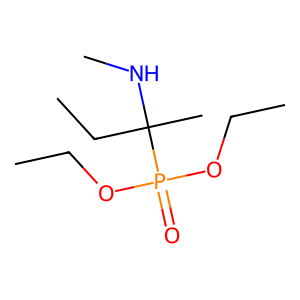
SMILES: CCOP(=O)(OCC)C(C)(CC)NC
Inhibits HIV replication: No